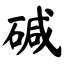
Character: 碱